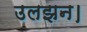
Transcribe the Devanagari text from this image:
उलझन।